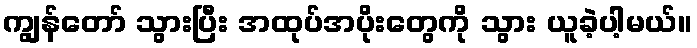
ကျွန်တော် သွားပြီး အထုပ်အပိုးတွေကို သွား ယူခဲ့ပါ့မယ်။